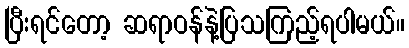
ပြီးရင်တော့ ဆရာဝန်နဲ့ပြသကြည့်ရပါမယ်။